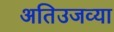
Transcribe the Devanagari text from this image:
अतिउजव्या